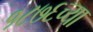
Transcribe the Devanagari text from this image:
१८७६च्या